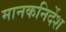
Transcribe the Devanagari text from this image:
मानकनिर्देश